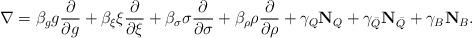
LaTeX: \begin{align*}\nabla = \beta_g g \frac{\partial}{\partial g} +\beta_\xi \xi \frac{\partial}{\partial \xi} +\beta_\sigma \sigma \frac{\partial}{\partial \sigma} +\beta_\rho \rho \frac{\partial}{\partial \rho} +\gamma_Q \mathbf{N}_Q + \gamma_{\bar Q} \mathbf{N}_{\bar Q} + \gamma_B \mathbf{N}_B.\end{align*}